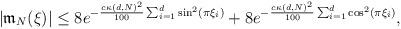
LaTeX: \begin{align*}|\mathfrak m_N(\xi)|\le 8e^{-\frac{c\kappa(d, N)^2}{100}\sum_{i=1}^d\sin^2(\pi\xi_i)}+8e^{-\frac{c\kappa(d, N)^2}{100}\sum_{i=1}^d\cos^2(\pi\xi_i)},\end{align*}